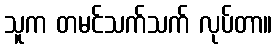
သူက တမင်သက်သက် လုပ်တာ။